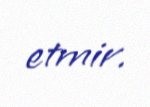
etmir.